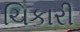
ચિકારી